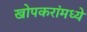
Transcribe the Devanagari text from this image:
खोपकरांमध्ये